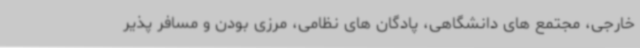
خارجی، مجتمع های دانشگاهی، پادگان های نظامی، مرزی بودن و مسافر پذیر